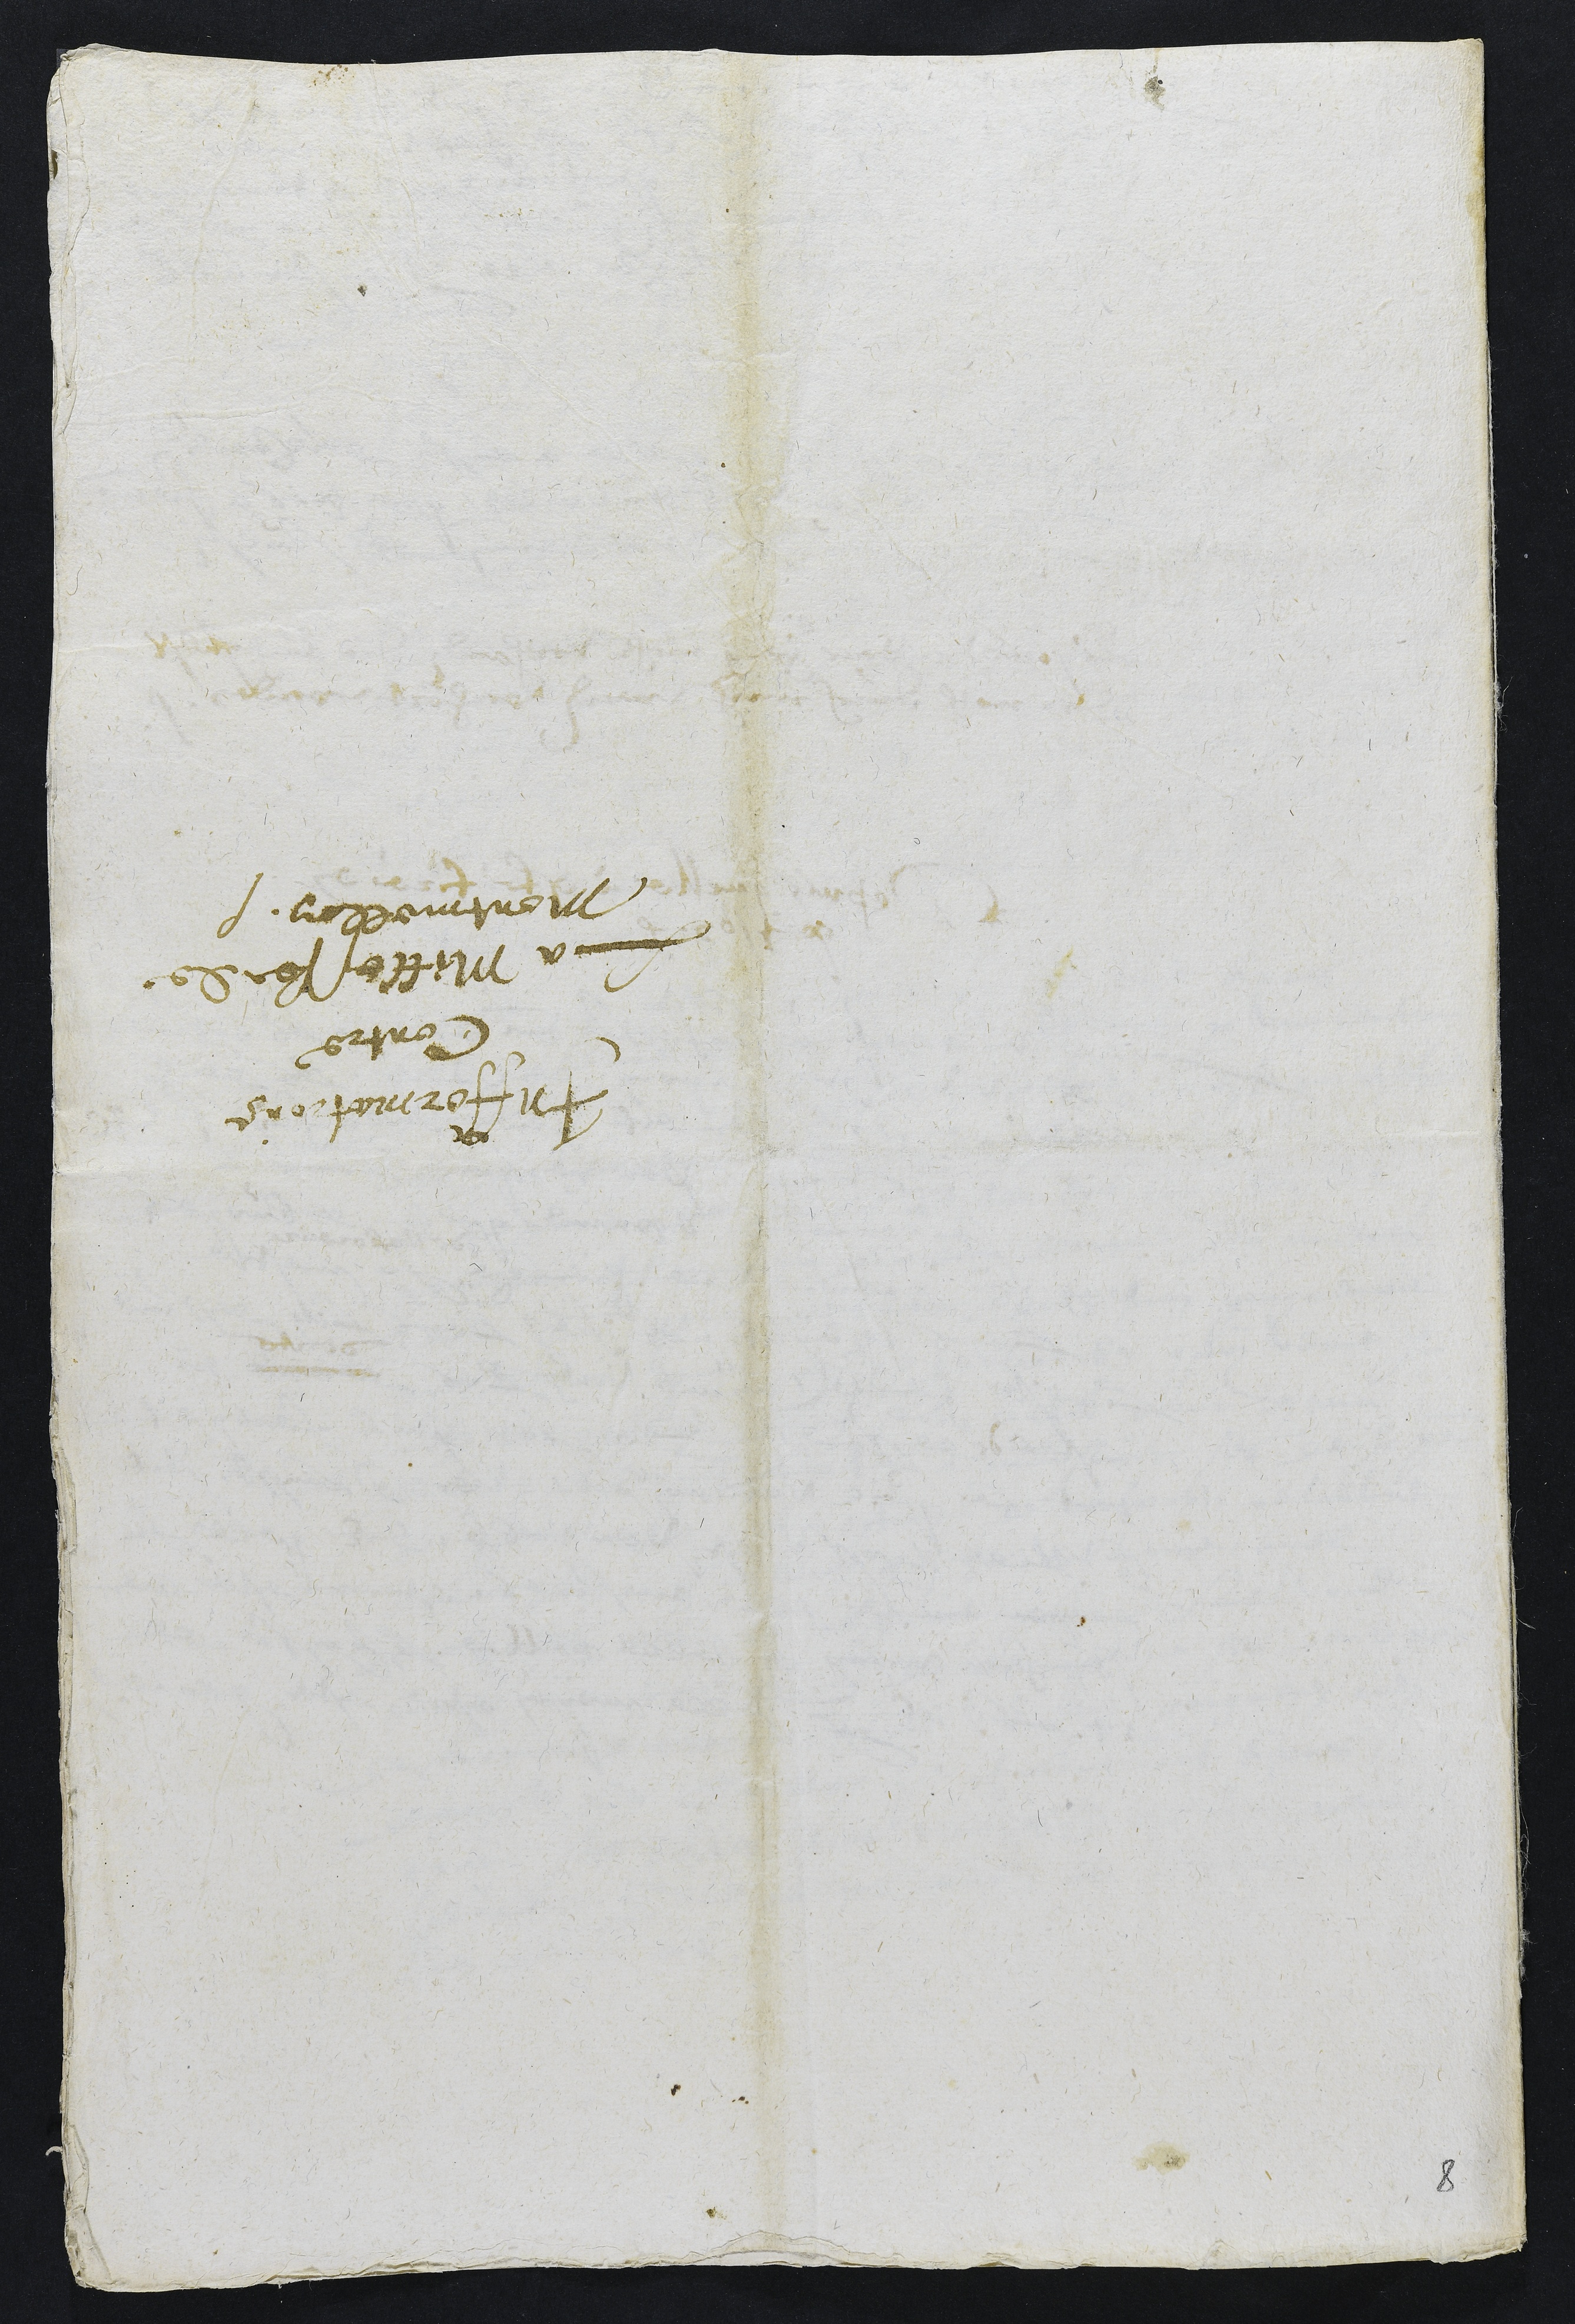
Infformations
Contre
La Mittesse de
Montmellon
8